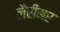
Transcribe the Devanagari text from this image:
लैरीमर